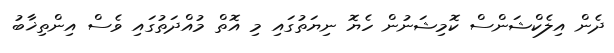
ދެން އިލެކްޝަންސް ކޮމިޝަނުން ހެޔޮ ނިޔަތުގައި މި އޮތް މުއްދަތުގައި ވެސް އިންތިޚާބު